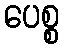
ပေစ္စ